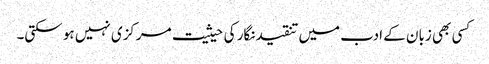
کسی بھی زبان کے ادب میں تنقیدنگار کی حیثیت مرکزی نہیں ہو سکتی۔